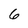
Character: 6